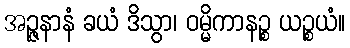
အဉ္ဇနာနံ ခယံ ဒိသွာ၊ ဝမ္မိကာနဉ္စ ယဉ္စယံ။